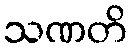
သဏတိ